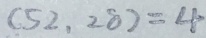
( 5 2 , 2 8 ) = 4